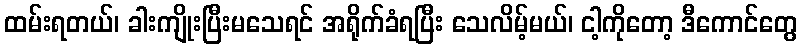
ထမ်းရတယ်၊ ခါးကျိုးပြီးမသေရင် အရိုက်ခံရပြီး သေလိမ့်မယ်၊ ငါ့ကိုတော့ ဒီကောင်တွေ